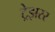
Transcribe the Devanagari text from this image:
ट्रेझरर